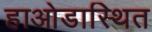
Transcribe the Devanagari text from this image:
हाओडास्थित